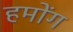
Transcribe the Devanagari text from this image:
हमोंग